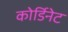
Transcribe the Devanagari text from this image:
कोर्डिनेट